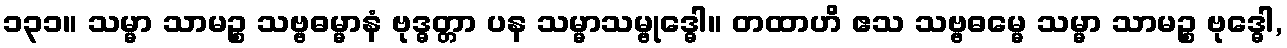
၁၃၁။ သမ္မာ သာမဉ္စ သဗ္ဗဓမ္မာနံ ဗုဒ္ဓတ္တာ ပန သမ္မာသမ္ဗုဒ္ဓေါ။ တထာဟိ ဧသ သဗ္ဗဓမ္မေ သမ္မာ သာမဉ္စ ဗုဒ္ဓေါ,